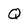
Character: Q